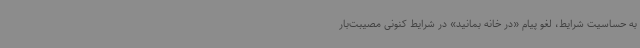
به حساسیت شرایط، لغو پیام «در خانه بمانید» در شرایط کنونی مصیبت‌بار